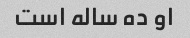
او ده ساله است